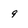
Character: 9